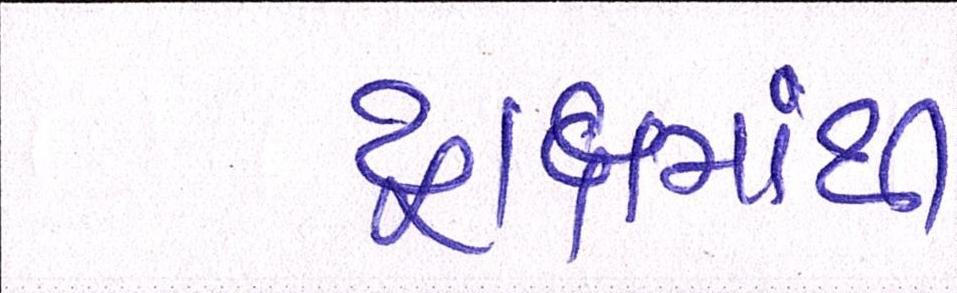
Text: દ્રાક્ષમાંથી